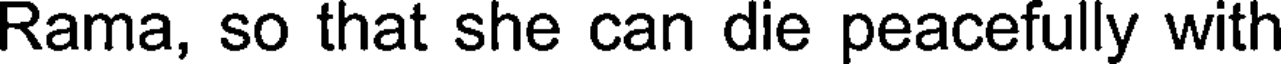
Rama, so that she can die peacefully with